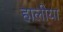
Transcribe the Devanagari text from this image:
हालीया